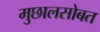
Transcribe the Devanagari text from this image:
मुछालसोबत